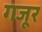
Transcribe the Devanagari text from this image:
गजूर